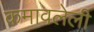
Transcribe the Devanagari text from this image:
कमावलेली